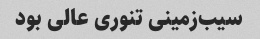
سیب‌زمینی تنوری عالی بود